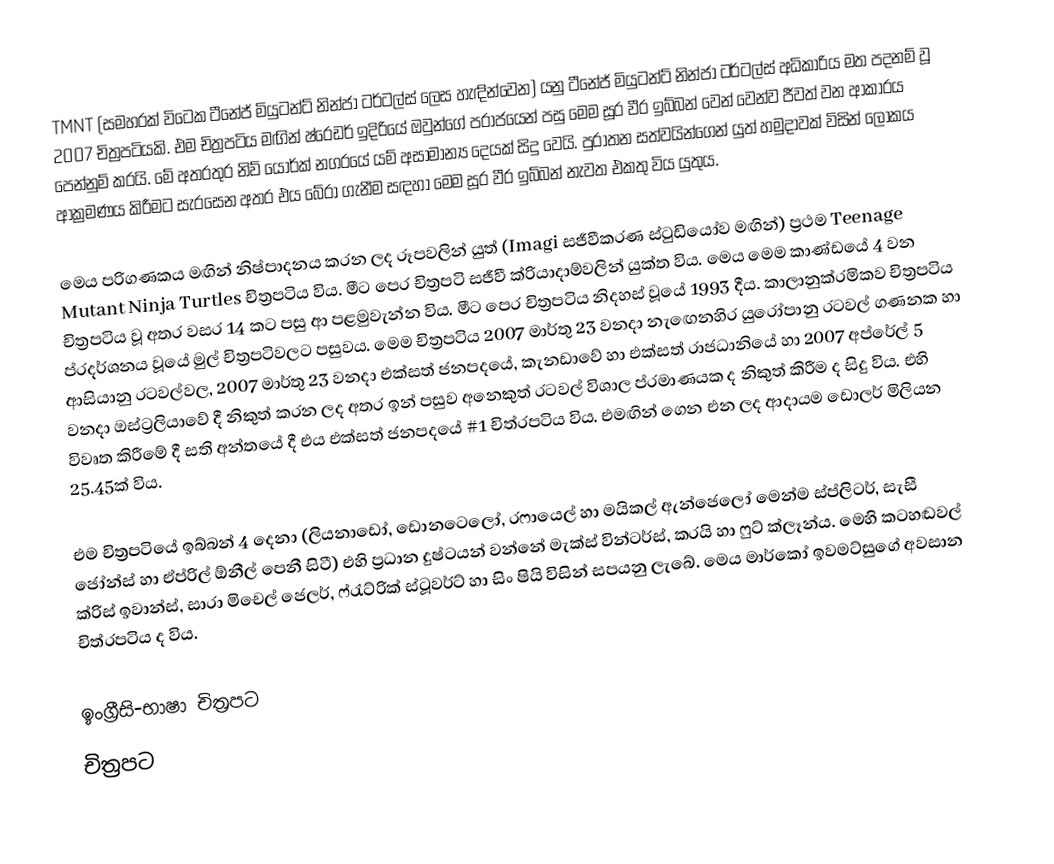
TMNT (සමහරක් විටෙක ටීනේජ් මියුටන්ට් නින්ජා ටර්ටල්ස්  ලෙස හැඳින්වෙන) යනු ටීනේජ් මියුටන්ට් නින්ජා ටර්ටල්ස් අධිකාරිය මත පදනම් වූ 2007 චිත්‍රපටියකි. එම චිත්‍රපටිය මඟින් ෂ්රෙඩර් ඉදිරියේ ඔවුන්ගේ පරාජයෙන් පසු මෙම සූර වීර ඉබ්බන් වෙන් වෙන්ව ජීවත් වන ආකාරය පෙන්නුම් කරයි. මේ අතරතුර නිව් යෝර්ක් නගරයේ යම් අසාමාන්‍ය දෙයක් සිදු වෙයි. පුරාතන සත්වයින්ගෙන් යුත් හමුදාවක් විසින් ලෝකය ආක්‍රමණය කිරීමට සැරසෙන අතර එය බේරා ගැනීම  සඳහා මෙම සූර වීර ඉබ්බන් නැවත එකතු විය යුතුය.

මෙය පරිගණකය මඟින් නිෂ්පාදනය කරන ලද රූපවලින් යුත් (Imagi සජීවීකරණ ස්ටුඩියෝව මඟින්) ප්‍රථම Teenage Mutant Ninja Turtles චිත්‍රපටිය විය. මීට පෙර චිත්‍රපටි සජීවී ක්රියාදාම්වලින් යුක්ත විය. මෙය මෙම කාණ්ඩයේ 4 වන චිත්‍රපටිය වූ අතර වසර 14 කට පසු ආ පළමුවැන්න විය. මීට පෙර චිත්‍රපටිය නිදහස් වූයේ 1993 දීය. කාලානුක්රමිකව චිත්‍රපටිය ප්රදර්ශනය වූයේ මුල් චිත්‍රපටිවලට පසුවය. මෙම චිත්‍රපටිය 2007 මාර්තු 23 වනදා නැඟෙනහිර යුරෝපානු රටවල් ගණනක හා ආසියානු රටවල්වල, 2007 මාර්තු 23 වනදා එක්සත් ජනපදයේ, කැනඩාවේ හා එක්සත් රාජධානියේ හා 2007 අප්රේල් 5 වනදා ඔස්ට්‍රලියාවේ දී නිකුත් කරන ලද අතර ඉන් පසුව අනෙකුත් රටවල් විශාල ප්රමාණයක ද නිකුත් කිරීම ද සිදු විය. එහි විවෘත කිරීමේ දී සති අන්තයේ දී එය එක්සත් ජනපදයේ #1 චිත්රපටිය විය. එමඟින් ගෙන එන ලද ආදායම ඩොලර් මිලියන 25.45ක් විය.

එම චිත්‍රපටියේ ඉබ්බන් 4 දෙනා (ලියනාඩෝ, ඩොනටෙලෝ, රෆායෙල් හා මයිකල් ඇන්ජෙලෝ මෙන්ම ස්ප්ලිටර්, සැසී ජෝන්ස් හා ඒප්රිල් ඕනීල් පෙනී සිටී) එහි ප්‍රධාන දුෂ්ටයන් වන්නේ මැක්ස් වින්ටර්ස්, කරයි හා ෆුට් ක්ලෑන්ය. මෙහි කටහඬවල් ක්රිස් ඉවාන්ස්, සාරා මිචෙල් ජෙලර්, ෆ්රැට්රික් ස්ටූවර්ට් හා සිං ෂියි විසින් සපයනු ලැබේ. මෙය මාර්කෝ ඉවමට්සුගේ අවසාන චිත්රපටිය ද විය.

ඉංග්‍රීසි-භාෂා චිත්‍රපට
චිත්‍රපට